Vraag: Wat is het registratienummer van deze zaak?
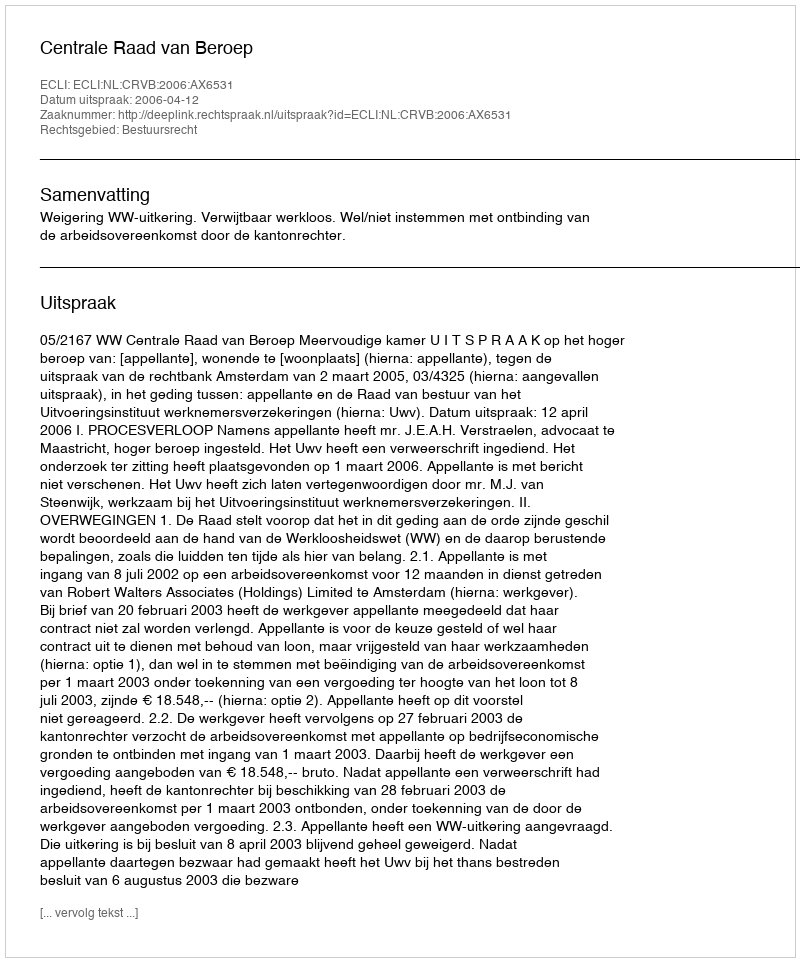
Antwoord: http://deeplink.rechtspraak.nl/uitspraak?id=ECLI:NL:CRVB:2006:AX6531